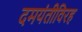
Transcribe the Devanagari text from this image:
दमयंतीविरह